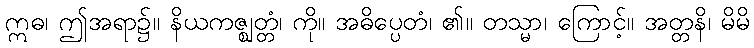
ဣဓ၊ ဤအရာ၌။ နိယကဇ္ဈတ္တံ၊ ကို။ အဓိပ္ပေတံ၊ ၏။ တသ္မာ၊ ကြောင့်။ အတ္တနိ၊ မိမိ